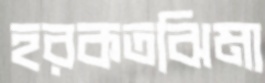
হরকতঝিমা